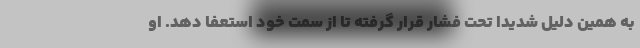
به همین دلیل شدیدا تحت فشار قرار گرفته تا از سمت خود استعفا دهد. او